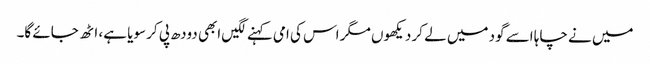
میں نے چاہا اسے گود میں لے کر دیکھوں مگر اس کی امی کہنے لگیں ابھی دودھ پی کر سویا ہے، اٹھ جائے گا۔